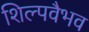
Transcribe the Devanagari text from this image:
शिल्पवैभव